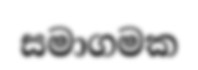
සමාගමක